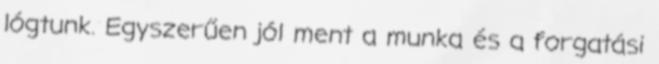
lógtunk. Egyszerűen jól ment a munka és a forgatási